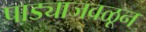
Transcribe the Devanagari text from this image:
पाड्याजवळून